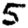
Digit: 5